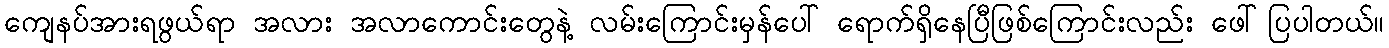
ကျေနပ်အားရဖွယ်ရာ အလား အလာကောင်းတွေနဲ့ လမ်းကြောင်းမှန်ပေါ် ရောက်ရှိနေပြီဖြစ်ကြောင်းလည်း ဖေါ်ပြပါတယ်။